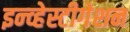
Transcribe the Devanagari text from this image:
इन्व्हेस्टीगेशन